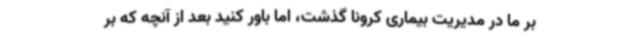
بر ما در مدیریت بیماری کرونا گذشت، اما باور کنید ‌بعد از آنچه که بر